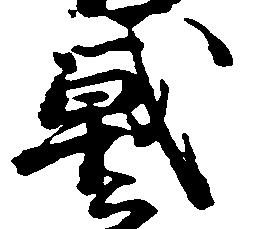
戦